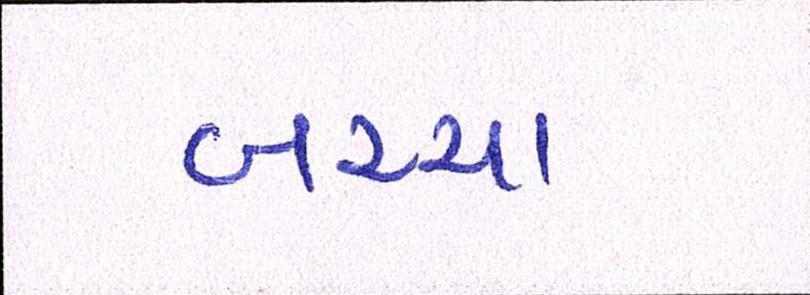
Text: બચ્ચા